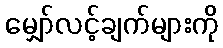
မျှော်လင့်ချက်များကို